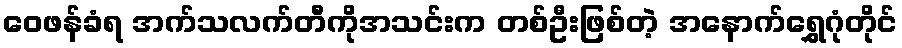
ဝေဖန်ခံရ အက်သလက်တီကိုအသင်းက တစ်ဦးဖြစ်တဲ့ အနောက်ရွှေဂုံတိုင်